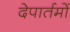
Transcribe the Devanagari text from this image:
देपार्तमों